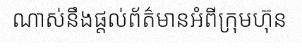
ណាស់នឹងផ្តល់ព័ត៌មានអំពីក្រុមហ៊ុន